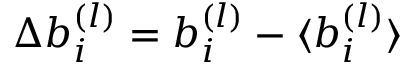
\Delta b _ { i } ^ { ( l ) } = b _ { i } ^ { ( l ) } - \langle { b _ { i } ^ { ( l ) } } \rangle